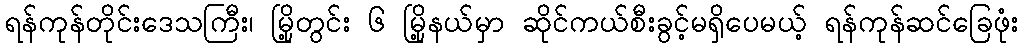
ရန်ကုန်တိုင်းဒေသကြီး၊ မြို့တွင်း ၆ မြို့နယ်မှာ ဆိုင်ကယ်စီးခွင့်မရှိပေမယ့် ရန်ကုန်ဆင်ခြေဖုံး